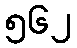
၅၆၂